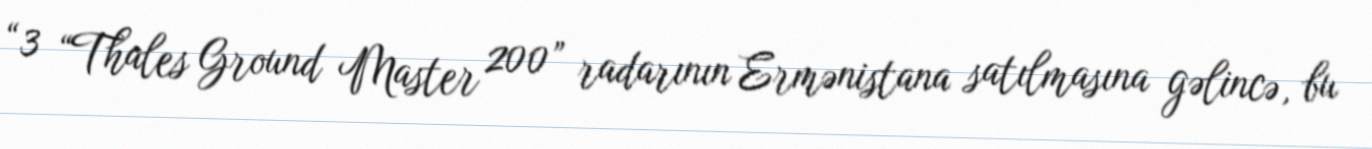
“3 “Thales Ground Master 200” radarının Ermənistana satılmasına gəlincə, bu